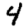
Digit: 4